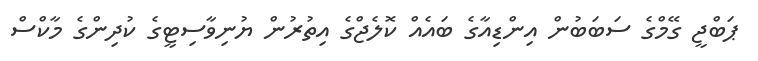
ޕަބްޖީ ގޭމްގެ ސަބަބުން އިންޑިއާގެ ބައެއް ކޮލެޖްގެ އިތުރުން ޔުނިވާސިޓީގެ ކުދިންގެ މާކްސް